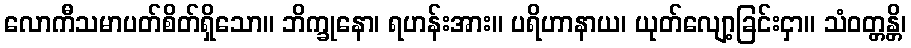
လောကီသမာပတ်စိတ်ရှိသော။ ဘိက္ခုနော၊ ရဟန်းအား။ ပရိဟာနာယ၊ ယုတ်လျော့ခြင်းငှာ။ သံဝတ္တန္တိ၊